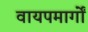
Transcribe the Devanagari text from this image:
वायपमार्गों